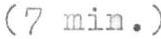
(7 min.)